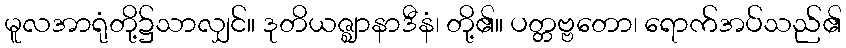
မူလအာရုံတို့၌သာလျှင်။ ဒုတိယဇ္ဈာနာဒီနံ၊ တို့၏။ ပတ္တဗ္ဗတော၊ ရောက်အပ်သည်၏